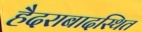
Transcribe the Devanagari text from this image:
हैदराबादस्थित